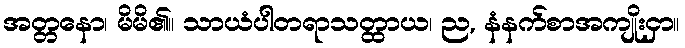
အတ္တနော၊ မိမိ၏။ သာယံပါတရာသတ္ထာယ၊ ည, နံနက်စာအကျိုးငှာ။